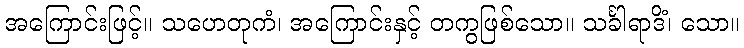
အကြောင်းဖြင့်။ သဟေတုကံ၊ အကြောင်းနှင့် တကွဖြစ်သော။ သင်္ခါရာဒိံ၊ သော။